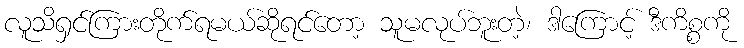
လူသိရှင်ကြားတိုက်ရမယ်ဆိုရင်တော့ သူမလုပ်ဘူးတဲ့၊ ဒါကြောင့် ဒီကိစ္စကို